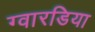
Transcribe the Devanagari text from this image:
ग्वारडिया